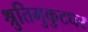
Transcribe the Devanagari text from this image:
श्रुतिमुकुटधर